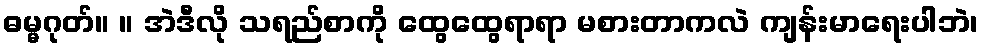
ဓမ္မဂုတ်။ ။ အဲဒီလို သရည်စာကို ထွေထွေရာရာ မစားတာကလဲ ကျန်းမာရေးပါဘဲ၊